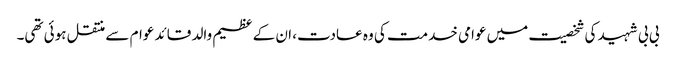
بی بی شہید کی شخصیت میں عوامی خدمت کی وہ عادت، ان کے عظیم والد قائد عوام سے منتقل ہوئی تھی۔